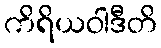
ကိရိယဝါဒီတိ